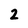
Character: 2